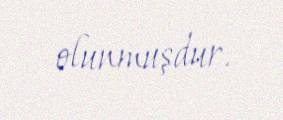
olunmuşdur.